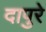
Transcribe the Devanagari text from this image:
दापुरे